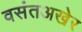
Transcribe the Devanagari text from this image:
वसंतअखेर